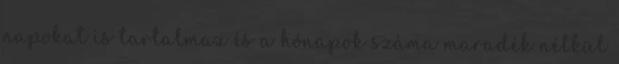
napokat is tartalmaz és a hónapok száma maradék nélkül